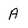
Character: A